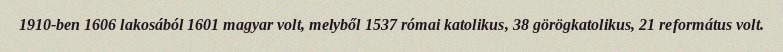
1910-ben 1606 lakosából 1601 magyar volt, melyből 1537 római katolikus, 38 görögkatolikus, 21 református volt.